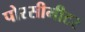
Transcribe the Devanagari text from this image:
पोरसीमीटर